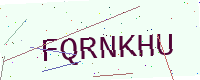
Text: FQRNKHU